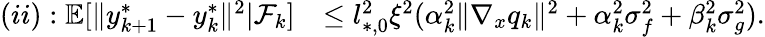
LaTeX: \begin{array}{rl}{(ii):\mathbb{E}[\| y_{k+1}^{*}-y_{k}^{*}\| ^{2}|\mathcal{F}_{k}]}&{\le l_{*,0}^{2}\xi^{2}(\alpha_{k}^{2}\| \nabla_{x}q_{k}\| ^{2}+\alpha_{k}^{2}\sigma_{f}^{2}+\beta_{k}^{2}\sigma_{g}^{2}).}\end{array}